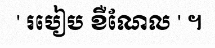
' របៀប ខឺណែល ' ។